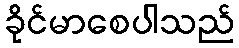
ခိုင်မာစေပါသည်